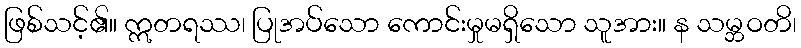
ဖြစ်သင့်၏။ ဣတရဿ၊ ပြုအပ်သော ကောင်းမှုမရှိသော သူအား။ န သမ္ဘဝတိ၊